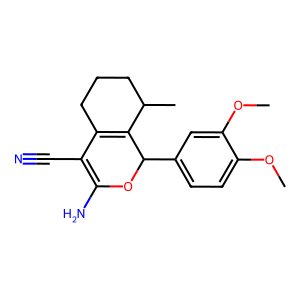
SMILES: COc1ccc(C2OC(N)=C(C#N)C3=C2C(C)CCC3)cc1OC
Inhibits HIV replication: Yes